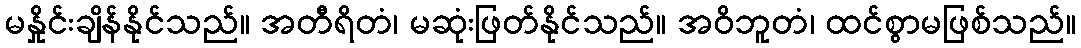
မနှိုင်းချိန်နိုင်သည်။ အတီရိတံ၊ မဆုံးဖြတ်နိုင်သည်။ အဝိဘူတံ၊ ထင်စွာမဖြစ်သည်။